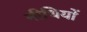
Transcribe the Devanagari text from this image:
नीधियों